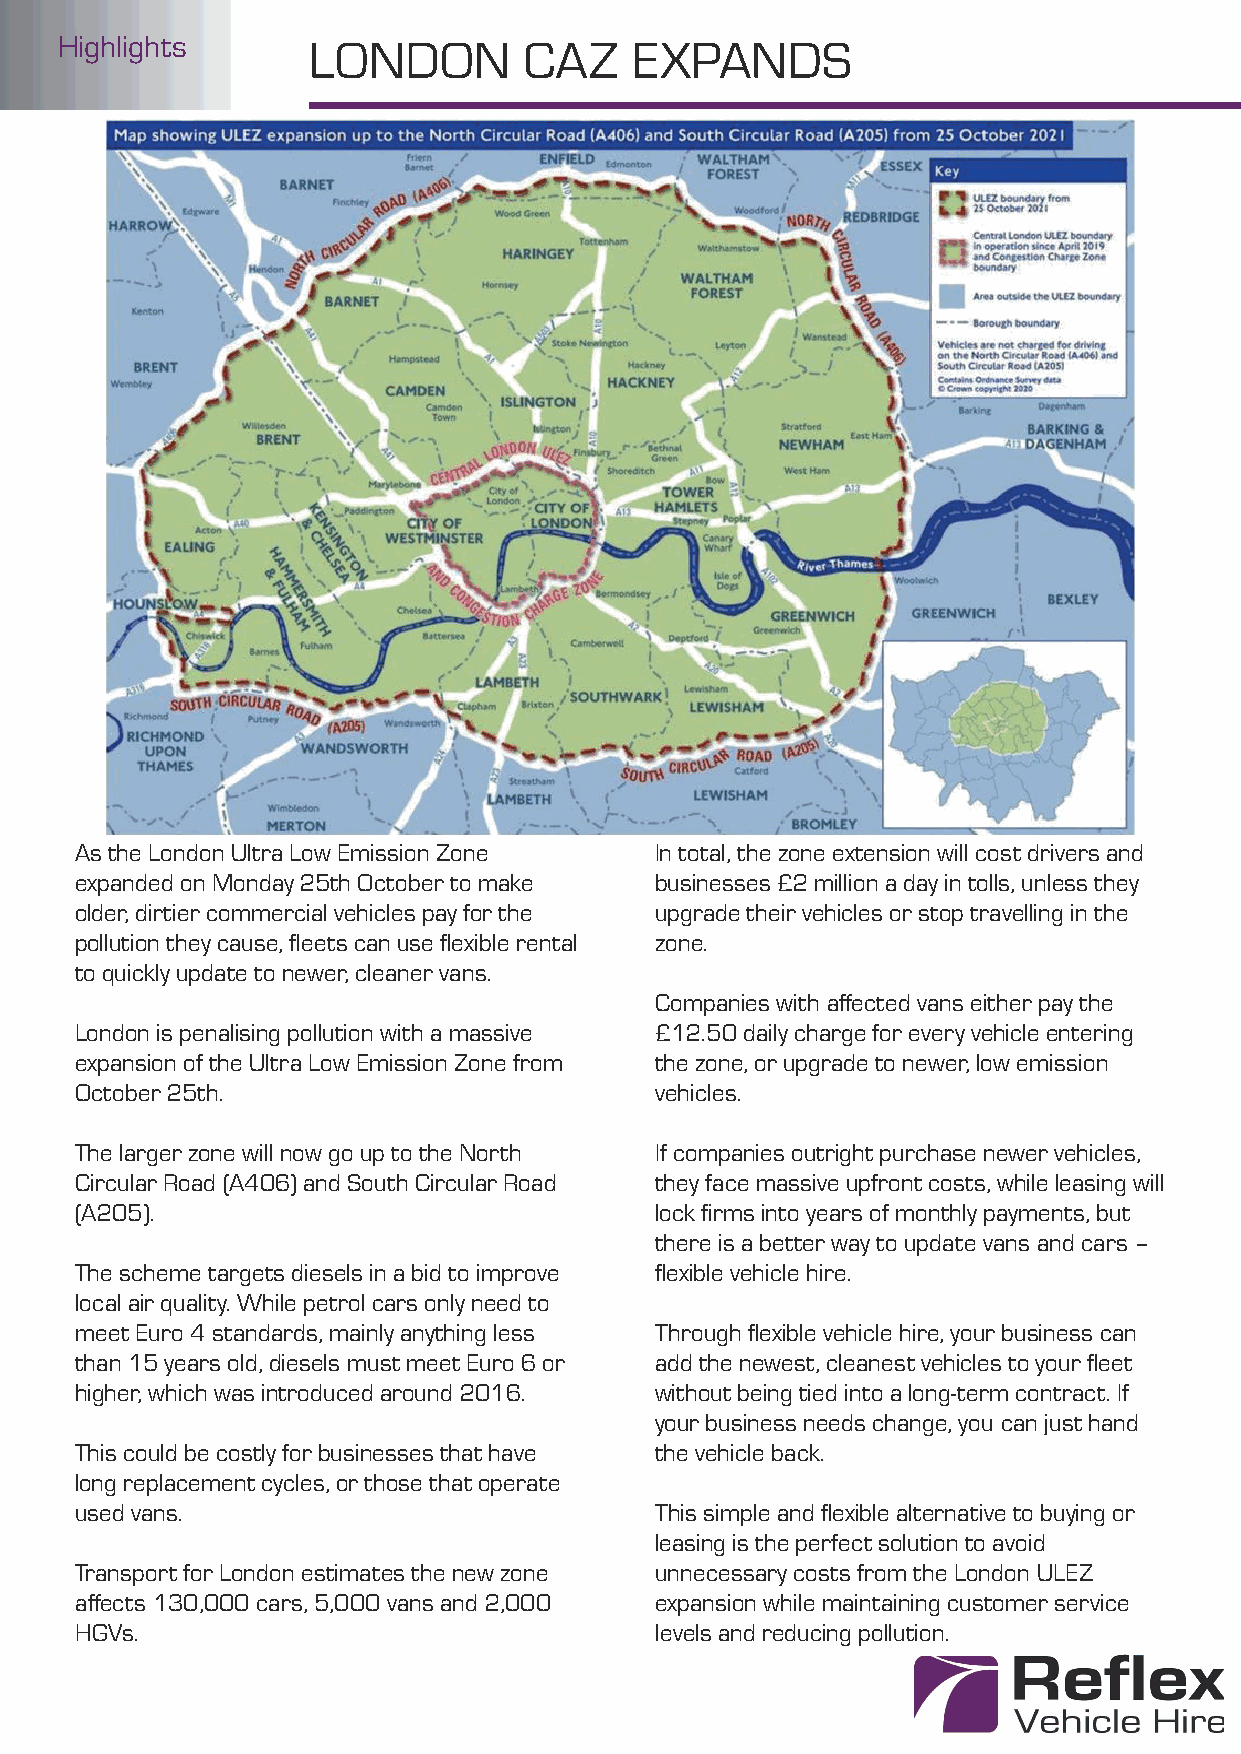
Highlights      LONDON         CAZ    EXPANDS
 As the London Ultra Low Emission Zone In total, the zone extension will cost drivers and
 expanded on Monday 25th October to make businesses £2 million a day in tolls, unless they
 older, dirtier commercial vehicles pay for the upgrade their vehicles or stop travelling in the
 pollution they cause, fl eets can use fl exible rental zone.
 to quickly update to newer, cleaner vans.
 Companies with aff ected vans either pay the
 London is penalising pollution with a massive £12.50 daily charge for every vehicle entering
 expansion of the Ultra Low Emission Zone from the zone, or upgrade to newer, low emission
 October 25th.                         vehicles.
 The larger zone will now go up to the North If companies outright purchase newer vehicles,
 Circular Road (A406) and South Circular Road they face massive upfront costs, while leasing will
 (A205).                               lock fi rms into years of monthly payments, but
 there is a better way to update vans and cars –
 The scheme targets diesels in a bid to improve fl exible vehicle hire.
 local air quality. While petrol cars only need to
 meet Euro 4 standards, mainly anything less Through fl exible vehicle hire, your business can
 than 15 years old, diesels must meet Euro 6 or add the newest, cleanest vehicles to your fl eet
 higher, which was introduced around 2016. without being tied into a long-term contract. If
 your business needs change, you can just hand
 This could be costly for businesses that have the vehicle back.
 long replacement cycles, or those that operate
 used vans.                            This simple and fl exible alternative to buying or
 leasing is the perfect solution to avoid
 Transport for London estimates the new zone unnecessary costs from the London ULEZ
 aff ects 130,000 cars, 5,000 vans and 2,000 expansion while maintaining customer service
 HGVs.                                 levels and reducing pollution.